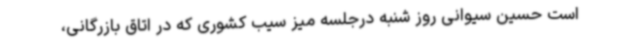
است حسین سیوانی روز شنبه درجلسه میز سیب کشوری که در اتاق بازرگانی،